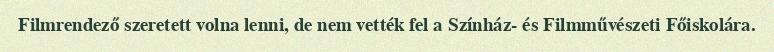
Filmrendező szeretett volna lenni, de nem vették fel a Színház- és Filmművészeti Főiskolára.